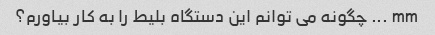
mm ... چگونه می توانم این دستگاه بلیط را به کار بیاورم؟